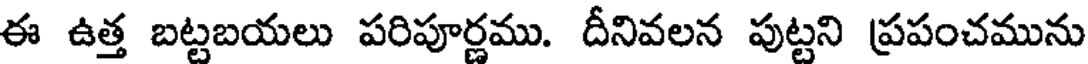
ఈ ఉత్త బట్టబయలు పరిపూర్ణము. దీనివలన పుట్టని ప్రపంచమును